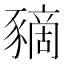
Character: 豴